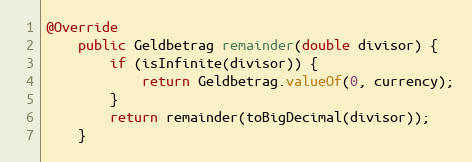
Language: Java
@Override
    public Geldbetrag remainder(double divisor) {
        if (isInfinite(divisor)) {
            return Geldbetrag.valueOf(0, currency);
        }
        return remainder(toBigDecimal(divisor));
    }